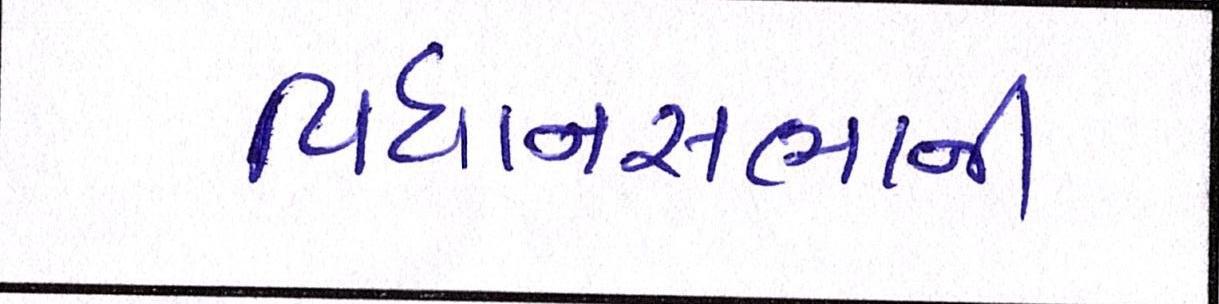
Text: વિધાનસભાની